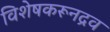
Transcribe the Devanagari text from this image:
विशेषकरूनद्रव